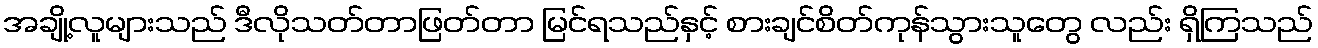
အချို့လူများသည် ဒီလိုသတ်တာဖြတ်တာ မြင်ရသည်နှင့် စားချင်စိတ်ကုန်သွားသူတွေ လည်း ရှိကြသည်